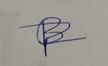
Signature authenticity: forged